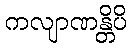
ကလျာဏန္တိပိ